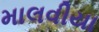
માલવીયા